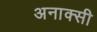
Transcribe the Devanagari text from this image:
अनाक्सी